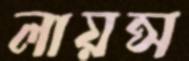
লায়ন্স